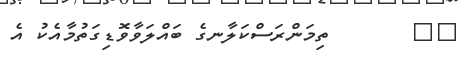
١٤       ތިމަންރަސްކަލާނގެ ބައްލަވާވޮޑިގަތުމާއެކު އެ